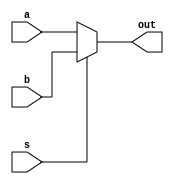
module mux_2to1 (input [2:0] a, input [2:0] b, input s, output [2:0] out);   
 
   assign out = s ? b : a;  
  
endmodule